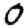
Digit: 0